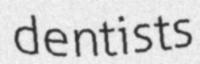
dentists